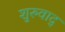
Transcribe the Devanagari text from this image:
शुरुवाद्